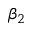
\beta _ { 2 }